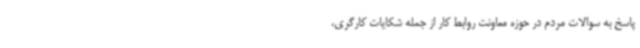
پاسخ به سوالات مردم در حوزه معاونت روابط کار از جمله شکایات کارگری،